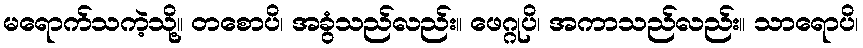
မရောက်သကဲ့သို့။ တစောပိ၊ အခွံသည်လည်း။ ဖေဂ္ဂုပိ၊ အကာသည်လည်း။ သာရောပိ၊